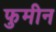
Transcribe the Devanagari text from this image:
फुमीन